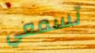
تسمعي